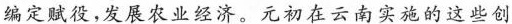
编定赋役，发展农业经济。元初在云南实施的这些创